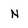
Character: N